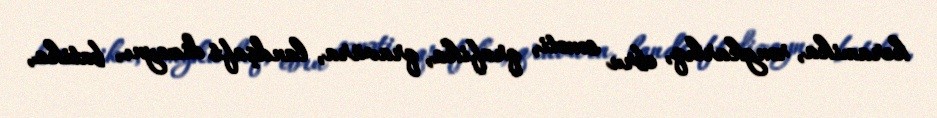
keramika, rəngkarlıq, ebru sənəti, qrafika, qravüra, landşaft dizaynı, batika,